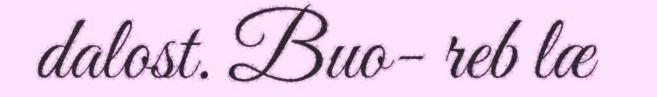
dalost. Buo- reb læ